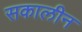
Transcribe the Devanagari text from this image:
सकालीन